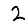
Digit: 2